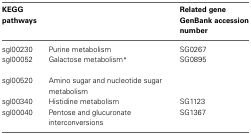
<table><thead><tr><td><b>KEGG</b></td><td>[EMPTY_CELL]</td><td><b>Related gene</b></td></tr><tr><td><b>pathways</b></td><td>[EMPTY_CELL]</td><td><b>GenBank accession</b></td></tr><tr><td>[EMPTY_CELL]</td><td>[EMPTY_CELL]</td><td><b>number</b></td></tr></thead><tbody><tr><td>sgl00230</td><td>Purine metabolism</td><td>SG0267</td></tr><tr><td>sgl00052</td><td>Galactose metabolism<sup>*</sup></td><td>SG0895</td></tr><tr><td>[EMPTY_CELL]</td><td>[EMPTY_CELL]</td><td>[EMPTY_CELL]</td></tr><tr><td>sgl00520</td><td>Amino sugar and nucleotide sugar metabolism</td><td>[EMPTY_CELL]</td></tr><tr><td>sgl00340</td><td>Histidine metabolism</td><td>SG1123</td></tr><tr><td>sgl00040</td><td>Pentose and glucuronate interconversions</td><td>SG1367</td></tr></tbody></table>